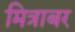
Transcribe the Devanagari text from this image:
मित्राबर